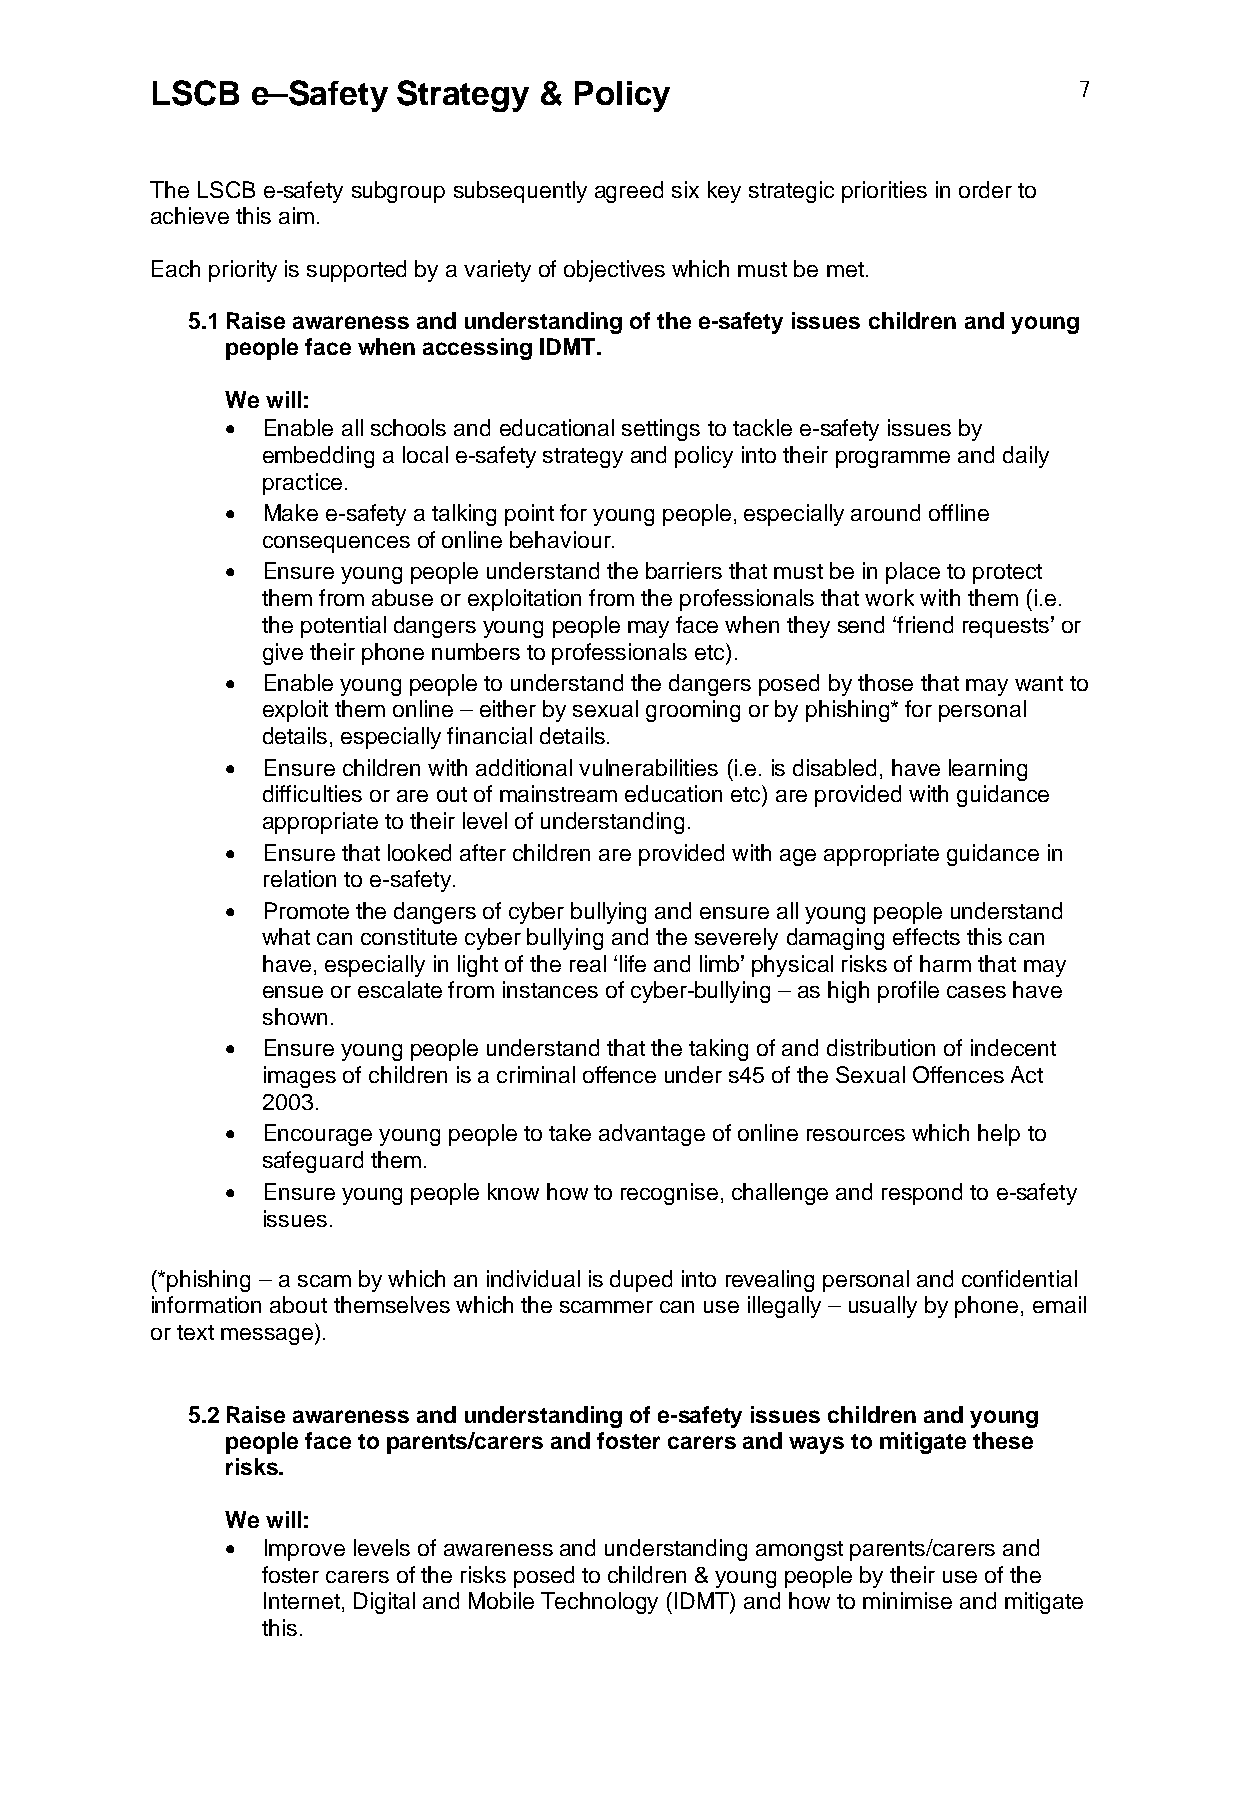
LSCB   e–Safety Strategy  & Policy                           7
 The LSCB e-safety subgroup subsequently agreed six key strategic priorities in order to
 achieve this aim.
 Each priority is supported by a variety of objectives which must be met.
 5.1 Raise awareness and understanding of the e-safety issues children and young
 people face when accessing IDMT.
 We will:
  Enable all schools and educational settings to tackle e-safety issues by
 embedding a local e-safety strategy and policy into their programme and daily
 practice.
  Make e-safety a talking point for young people, especially around offline
 consequences of online behaviour.
  Ensure young people understand the barriers that must be in place to protect
 them from abuse or exploitation from the professionals that work with them (i.e.
 the potential dangers young people may face when they send ‘friend requests’ or
 give their phone numbers to professionals etc).
  Enable young people to understand the dangers posed by those that may want to
 exploit them online – either by sexual grooming or by phishing* for personal
 details, especially financial details.
  Ensure children with additional vulnerabilities (i.e. is disabled, have learning
 difficulties or are out of mainstream education etc) are provided with guidance
 appropriate to their level of understanding.
  Ensure that looked after children are provided with age appropriate guidance in
 relation to e-safety.
  Promote the dangers of cyber bullying and ensure all young people understand
 what can constitute cyber bullying and the severely damaging effects this can
 have, especially in light of the real ‘life and limb’ physical risks of harm that may
 ensue or escalate from instances of cyber-bullying – as high profile cases have
 shown.
  Ensure young people understand that the taking of and distribution of indecent
 images of children is a criminal offence under s45 of the Sexual Offences Act
 2003.
  Encourage young people to take advantage of online resources which help to
 safeguard them.
  Ensure young people know how to recognise, challenge and respond to e-safety
 issues.
 (*phishing – a scam by which an individual is duped into revealing personal and confidential
 information about themselves which the scammer can use illegally – usually by phone, email
 or text message).
 5.2 Raise awareness and understanding of e-safety issues children and young
 people face to parents/carers and foster carers and ways to mitigate these
 risks.
 We will:
  Improve levels of awareness and understanding amongst parents/carers and
 foster carers of the risks posed to children & young people by their use of the
 Internet, Digital and Mobile Technology (IDMT) and how to minimise and mitigate
 this.